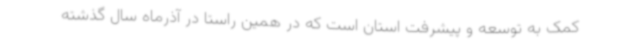
کمک به توسعه و پیشرفت استان است که در همین راستا در آذرماه سال گذشته